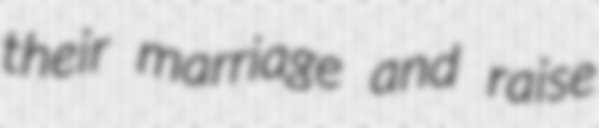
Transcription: their marriage and raise